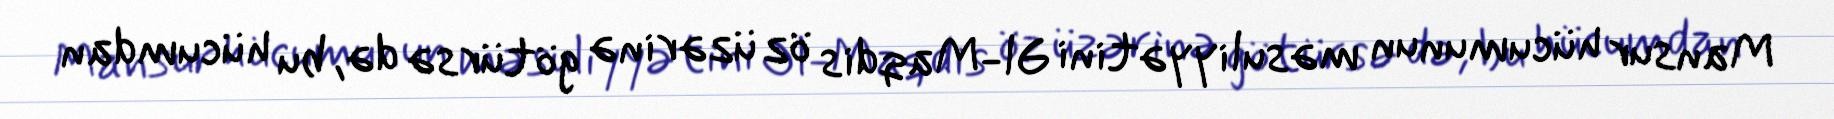
Mansur hücumunun məsuliyyətini Əl-Maqdis öz üzərinə götürsə də, bu hücumdan